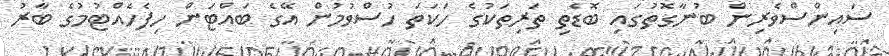
ސައިންސްވެރިން ބުނާގޮތުގައި ބޮޑެތި ތަރިތަކުގެ ހަކަތަ ހުސްވުމުން އޭގެ ބައްޓަން ހިފެހެއްޓުމުގެ ބާރު